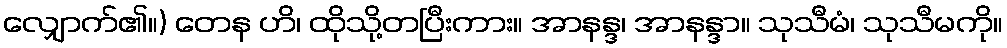
လျှောက်၏။) တေန ဟိ၊ ထိုသို့တပြီးကား။ အာနန္ဒ၊ အာနန္ဒာ။ သုသီမံ၊ သုသီမကို။